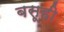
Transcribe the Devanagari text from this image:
बसूही